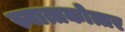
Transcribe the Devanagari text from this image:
स्नात्तकोत्तर